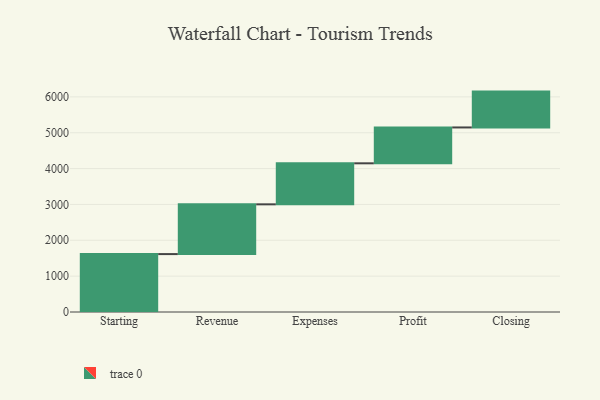
{"axis": {"x": "Step", "y": "Value"}, "legend": [""], "data": [{"x": "Starting", "y": 1615.0, "type": ""}, {"x": "Revenue", "y": 1388.0, "type": ""}, {"x": "Expenses", "y": 1144.0, "type": ""}, {"x": "Profit", "y": 1000, "type": ""}, {"x": "Closing", "y": 1000, "type": ""}]}